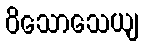
ဝိသောသေယျ